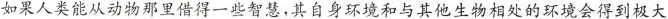
如果人类能从动物那里借得一些智慧，其自身环境和与其他生物相处的环境会得到极大